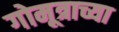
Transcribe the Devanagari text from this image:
गोमूत्राच्या